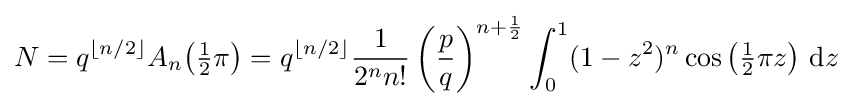
N=q^{\lfloor n/2\rfloor }{A_{n}}{\bigl (}{\tfrac {1}{2}}\pi {\bigr )}=q^{\lfloor n/2\rfloor }{\frac {1}{2^{n}n!}}\left({\dfrac {p}{q}}\right)^{n+{\frac {1}{2}}}\int _{0}^{1}(1-z^{2})^{n}\cos \left({\tfrac {1}{2}}\pi z\right)\,\mathrm {d} z